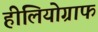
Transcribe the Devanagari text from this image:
हीलियोग्राफ